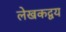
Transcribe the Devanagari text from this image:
लेखकद्वय